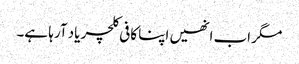
مگر اب انھیں اپنا کافی کلچر یاد آرہا ہے۔